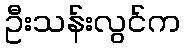
ဦးသန်းလွင်က